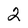
Character: 2